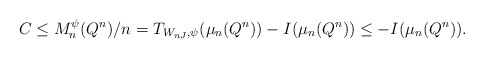
\begin{align*}C \le M_n^{\psi}(Q^n)/n = T_{W_{nJ},\psi}(\mu_n(Q^n)) - I(\mu_n(Q^n)) \le - I(\mu_n(Q^n)).\end{align*}